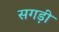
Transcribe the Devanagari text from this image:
सगड़ी